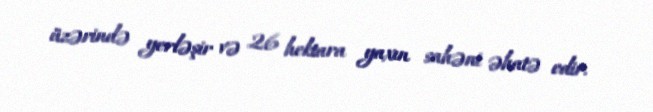
üzərində yerləşir və 26 hektara yaxın sahəni əhatə edir.